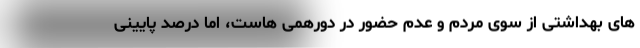
های بهداشتی از سوی مردم و عدم حضور در دورهمی هاست، اما درصد پایینی